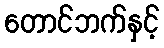
တောင်ဘက်နှင့်